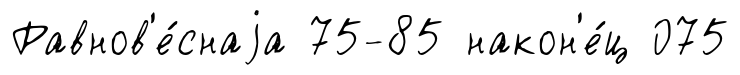
Равнов'е́снаjа 75-85 након'е́ц 075